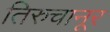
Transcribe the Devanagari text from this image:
तिरुचानूर